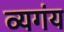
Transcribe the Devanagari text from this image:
व्यगंय